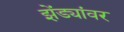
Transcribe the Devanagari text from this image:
झेंड्यांवर